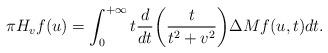
LaTeX: \begin{align*}\pi H_vf(u)=\int_{0}^{+\infty}t\frac{d}{dt}\bigg(\frac{t}{t^2+v^2}\bigg)\Delta Mf(u,t)dt.\end{align*}